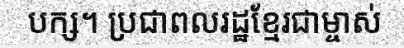
បក្ស។ ប្រជាពលរដ្ឋខ្មែរជាម្ចាស់